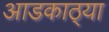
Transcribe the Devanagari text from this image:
आडकाठ्या